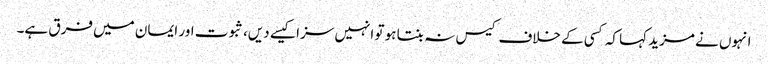
انہوں نے مزید کہا کہ کسی کے خلاف کیس نہ بنتا ہو تو انہیں سزا کیسے دیں، ثبوت اور ایمان میں فرق ہے۔